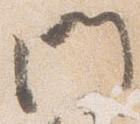
門